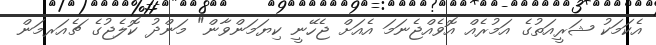
އެކަމަކު ޝަރީއަތުގެ އަމުރެއް އޮވެއްޖެނަމަ އެއަށް ޖެހޭނީ ކިޔަމަންވާން" މަންދު ކޮލެޖުގެ ޗެއަރމަން